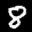
Label: 8